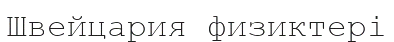
Швейцария физиктері